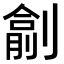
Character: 𠟖